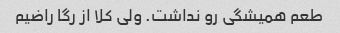
طعم همیشگی رو نداشت. ولی کلا از رگا راضیم